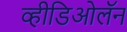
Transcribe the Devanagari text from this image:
व्हीडिओलॅन